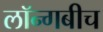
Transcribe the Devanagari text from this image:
लॉन्गबीच